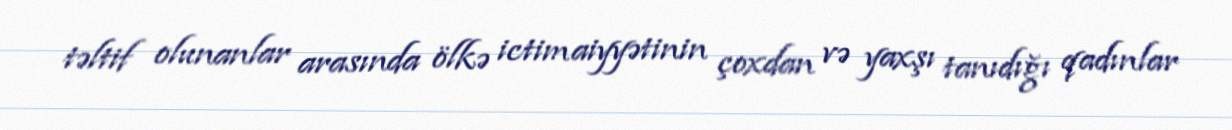
təltif olunanlar arasında ölkə ictimaiyyətinin çoxdan və yaxşı tanıdığı qadınlar